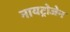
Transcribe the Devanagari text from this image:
नायट्रोजेन